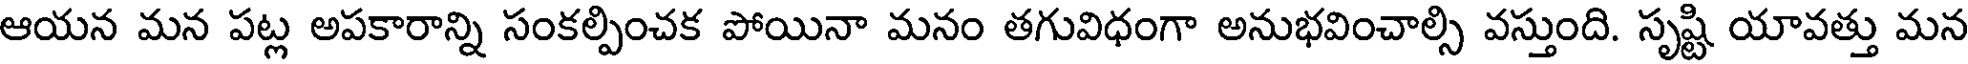
ఆయన మన పట్ల అపకారాన్ని సంకల్పించక పోయినా మనం తగువిధంగా అనుభవించాల్సి వస్తుంది. సృష్టి యావత్తు మన